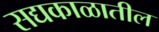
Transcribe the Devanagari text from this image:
सद्यकाळातील